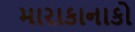
મારાકાનાકો